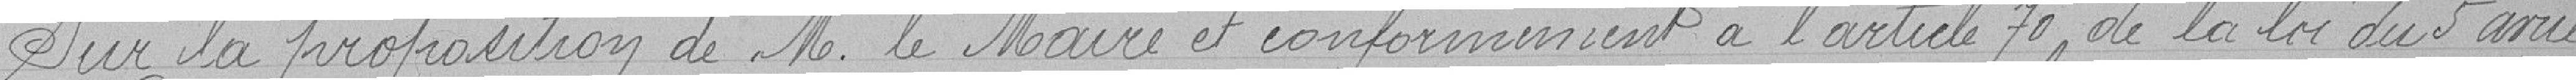
Sur la proposition de M le Maire et conformément à l'article 70 de la loi du 5 avril